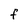
Character: F